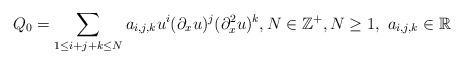
LaTeX: \begin{align*}Q_0 = \sum_{1 \leq i+j+k \leq N} a_{i,j,k} u^i(\partial_xu)^j(\partial_x^2u)^k,N\in\mathbb{Z}^+, N \geq 1,\ a_{i,j,k}\in\mathbb{R}\end{align*}